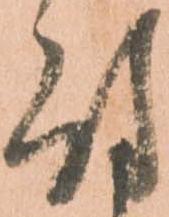
付